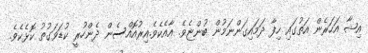
އިޝާ އަހަރެން އަތުގައި ހިފާ ދަމައިގަންނަމުން ބުންޏެވެ. އާއެކެވެ.އިރުއޮއްސެން ދެންހުރީ ކުޑަވަގުތު ކޮޅެކެވެ.